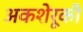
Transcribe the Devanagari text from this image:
अकशेरूकी